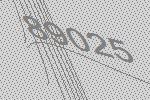
89025